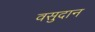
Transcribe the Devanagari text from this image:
वसुदान